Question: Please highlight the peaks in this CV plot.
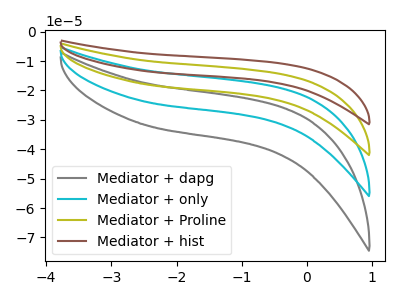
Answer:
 <answer>The gray curve "Mediator + dapg" has no peaks. The cyan curve "Mediator + only" has no peaks. The olive curve "Mediator + Proline" has no peaks. The brown curve "Mediator + hist" has no peaks.</answer>
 <eval></eval>